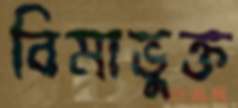
বিমাভুক্ত